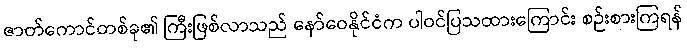
ဇာတ်ကောင်တစ်ခု၏ ကြီးဖြစ်လာသည် နော်ဝေနိုင်ငံက ပါဝင်ပြသထားကြောင်း စဉ်းစားကြရန်